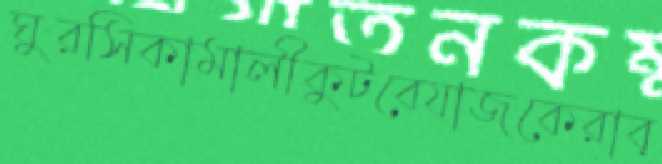
ঘুরসিকামালীকুটবেযাজকেরাব্